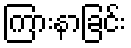
ကြားနာခြင်း